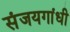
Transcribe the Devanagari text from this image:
संजयगांधी